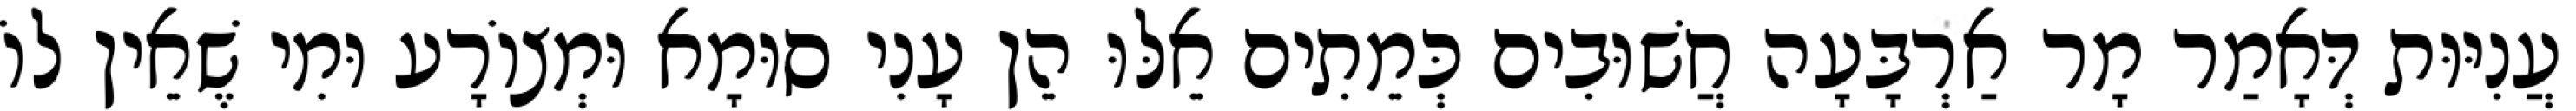
עֲנִיּוּת דְּאָמַר מָר אַרְבָּעָה חֲשׁוּבִים כְּמֵתִים אֵלּוּ הֵן עָנִי סוּמָא וּמְצוֹרָע וּמִי שֶׁאֵין לוֹ